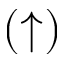
( \uparrow )